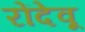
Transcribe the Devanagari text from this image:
रोंदेवू